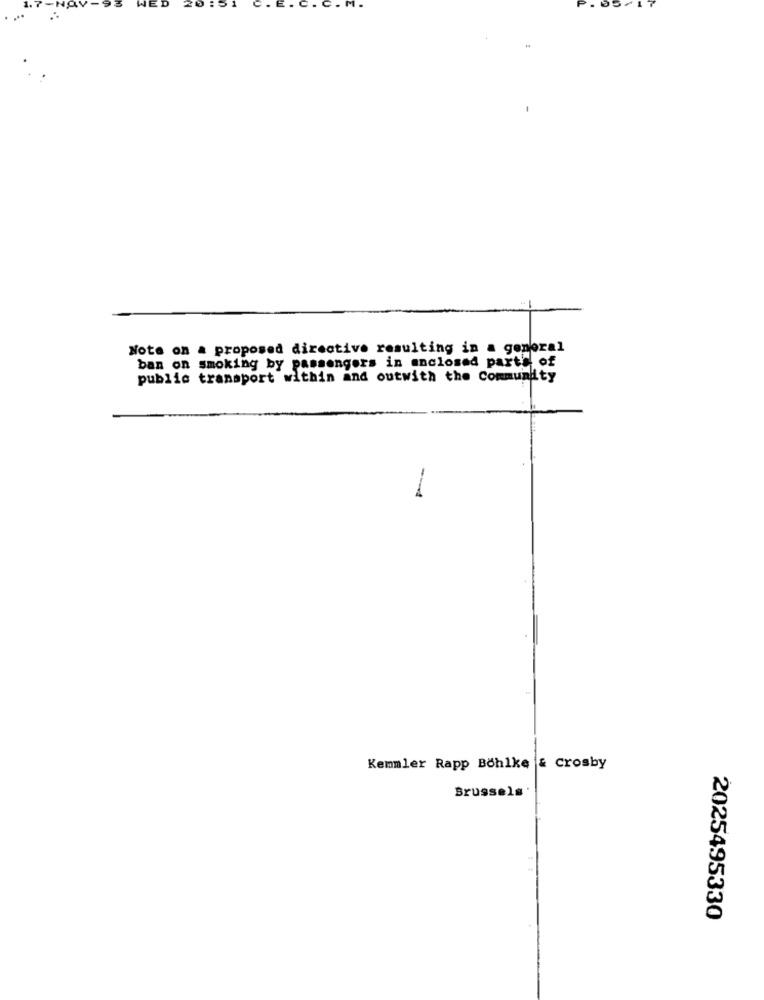
. D
Note on a proposed directive resulting in a general
ban on smoking by passengers in enclosed parts of
public transport within and outwith the Community
--
Kemmler Rapp Böhlke & Crosby
Brussels
2025495330